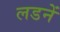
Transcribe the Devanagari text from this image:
लडनें